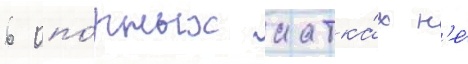
6 опо́рных катка́х н'е́